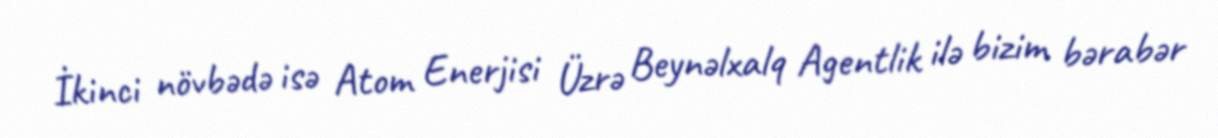
İkinci növbədə isə Atom Enerjisi Üzrə Beynəlxalq Agentlik ilə bizim bərabər